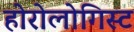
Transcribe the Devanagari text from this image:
होरोलोगिस्ट